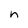
Character: n